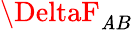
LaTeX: \DeltaF_{\mathit{A}B}